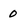
Character: 0